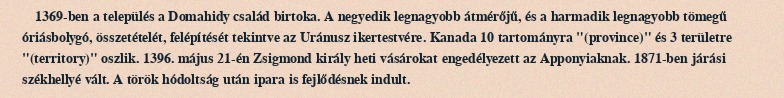
1369-ben a település a Domahidy család birtoka. A negyedik legnagyobb átmérőjű, és a harmadik legnagyobb tömegű óriásbolygó, összetételét, felépítését tekintve az Uránusz ikertestvére. Kanada 10 tartományra "(province)" és 3 területre "(territory)" oszlik. 1396. május 21-én Zsigmond király heti vásárokat engedélyezett az Apponyiaknak. 1871-ben járási székhellyé vált. A török hódoltság után ipara is fejlődésnek indult.